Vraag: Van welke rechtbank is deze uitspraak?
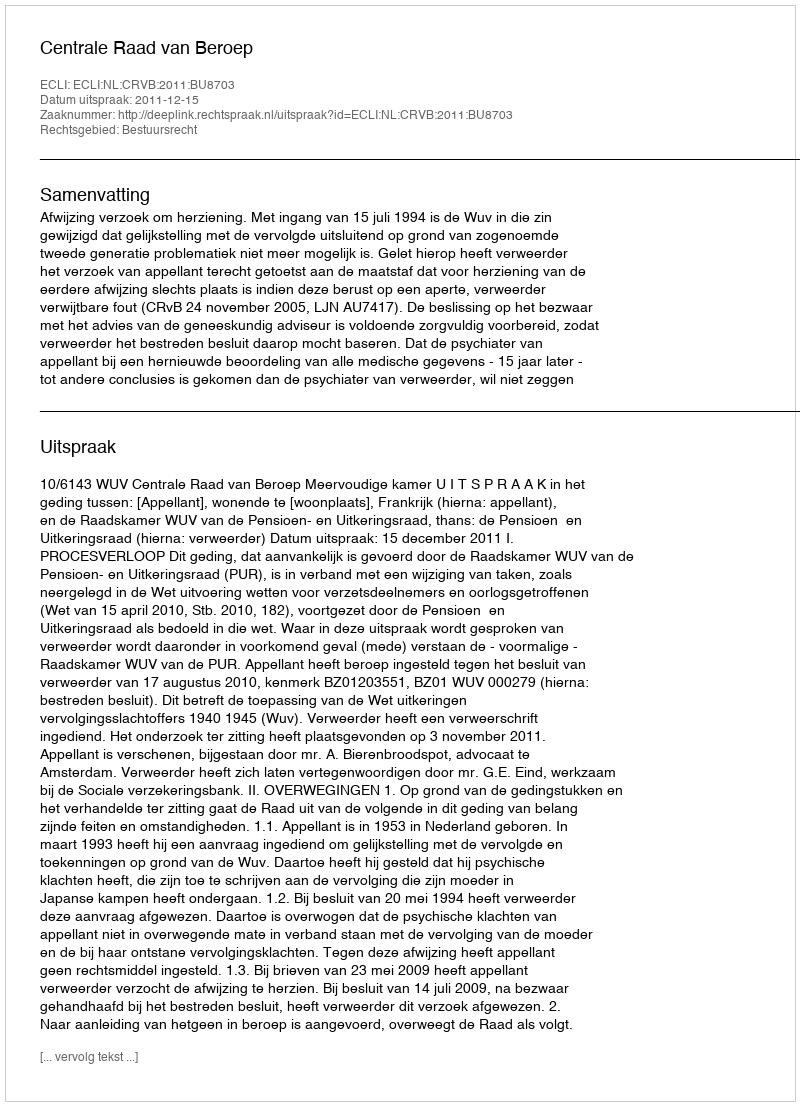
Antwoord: Centrale Raad van Beroep